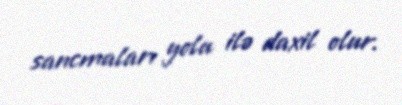
sancmaları yolu ilə daxil olur.